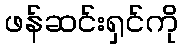
ဖန်ဆင်းရှင်ကို